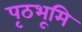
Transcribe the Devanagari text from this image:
पृठभूमि